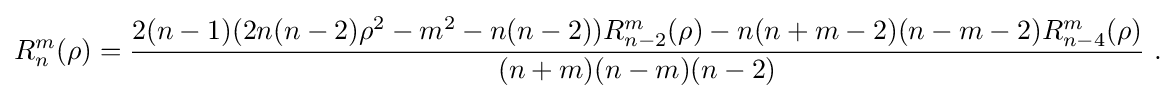
R_{n}^{m}(\rho )={\frac {2(n-1)(2n(n-2)\rho ^{2}-m^{2}-n(n-2))R_{n-2}^{m}(\rho )-n(n+m-2)(n-m-2)R_{n-4}^{m}(\rho )}{(n+m)(n-m)(n-2)}}{\text{ .}}